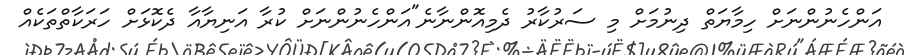
އަންހެނުންނަށް ހިމާޔަތް ދިނުމަށް މި ސަރުކާރު ދެމިއޮންނާނެ"އަންހެނުންނަށް ކުރާ އަނިޔާއާ ދެކޮޅަށް ހަރަކާތްތަކެއް